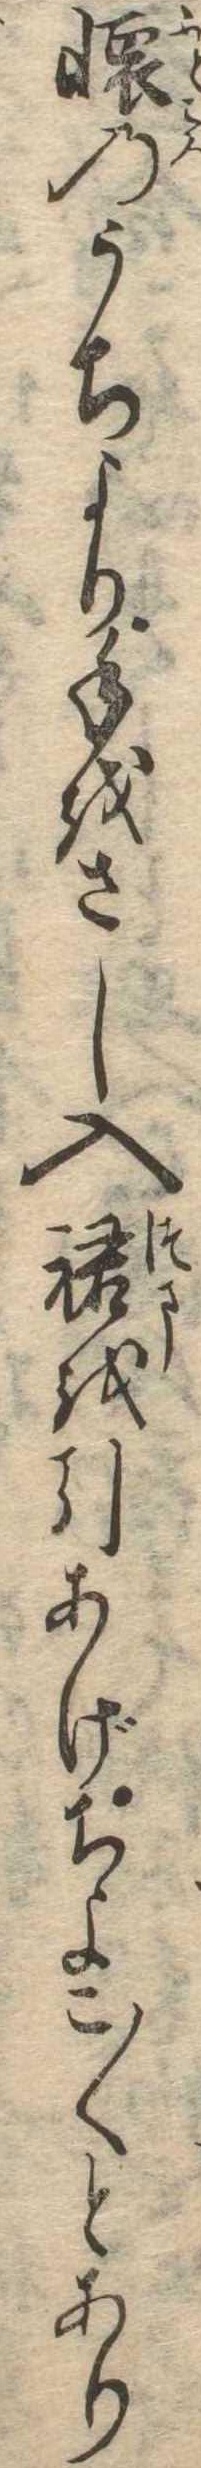
懐のうちより手をさし入裙を引あげちよこ〱とあり